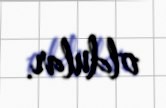
oldular.